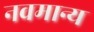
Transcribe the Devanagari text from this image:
नवमान्य